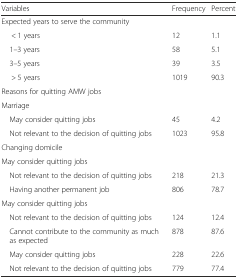
| Variables | Frequency | Percent |
 | --- | --- | --- |
 | <COLSPAN=3> Expected years to serve the community |
 | < 1 years | 12 | 1.1 |
 | 1–3 years | 58 | 5.1 |
 | 3–5 years | 39 | 3.5 |
 | > 5 years | 1019 | 90.3 |
 | <COLSPAN=3> Reasons for quitting AMW jobs |
 | <COLSPAN=3> Marriage |
 | May consider quitting jobs | 45 | 4.2 |
 | Not relevant to the decision of quitting jobs | 1023 | 95.8 |
 | <COLSPAN=3> Changing domicile |
 | <COLSPAN=3> May consider quitting jobs |
 | Not relevant to the decision of quitting jobs | 218 | 21.3 |
 | Having another permanent job | 806 | 78.7 |
 | <COLSPAN=3> May consider quitting jobs |
 | Not relevant to the decision of quitting jobs | 124 | 12.4 |
 | Cannot contribute to the community as much as expected | 878 | 87.6 |
 | May consider quitting jobs | 228 | 22.6 |
 | Not relevant to the decision of quitting jobs | 779 | 77.4 |